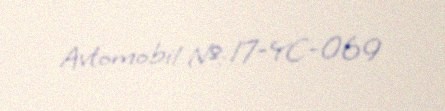
Avtomobil №: 17-YC-069